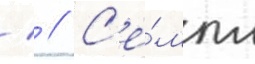
  // С'е́мпл